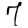
Digit: 7